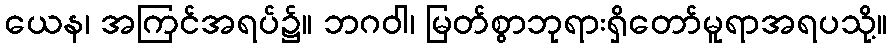
ယေန၊ အကြင်အရပ်၌။ ဘဂဝါ၊ မြတ်စွာဘုရားရှိတော်မူရာအရပသို့။